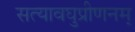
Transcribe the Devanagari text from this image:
सत्यावघुप्रीणनम्